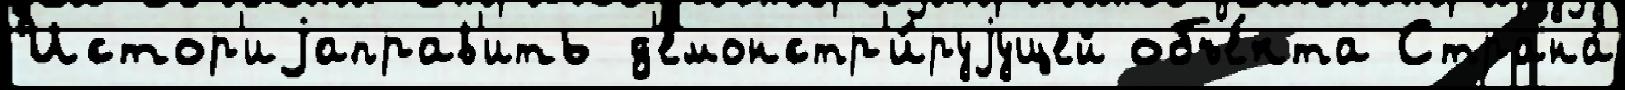
Истор'иjаправ'ить д'емонстр'и́руjущей объе́кта Страна́